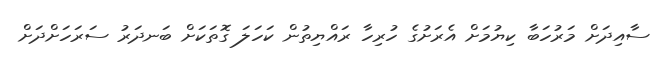
ސާއިދަށް މަރުހަބާ ކިޔުމަށް އެރަށުގެ ހުރިހާ ރައްޔިތުން ކަހަލަ ގޮތަކަށް ބަނދަރު ސަރަހަށްދަށް